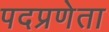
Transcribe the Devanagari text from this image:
पदप्रणेता